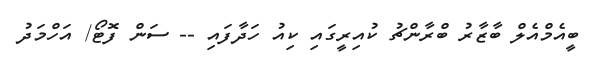
ބީއެމްއެލް ބާޒާރު ބްރާންޗު ކުއިރީގައި ކިއު ހަދާފައި -- ސަން ފޮޓޯ/ އަހްމަދު